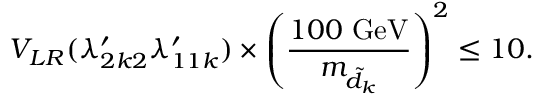
V _ { L R } ( \lambda _ { 2 k 2 } ^ { \prime } \lambda _ { 1 1 k } ^ { \prime } ) \times \left( \frac { 1 0 0 ~ \mathrm { G e V } } { m _ { \tilde { d } _ { k } } } \right) ^ { 2 } \le 1 0 .